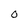
Character: o